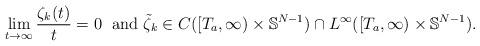
LaTeX: \begin{align*}\lim_{t\to\infty}\frac{\zeta_k(t)}{t}=0\; \mbox{ and } \tilde\zeta_k\in C([T_{a},\infty)\times\mathbb S^{N-1})\cap L^\infty([T_{a},\infty)\times\mathbb S^{N-1}).\end{align*}